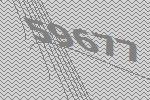
59677